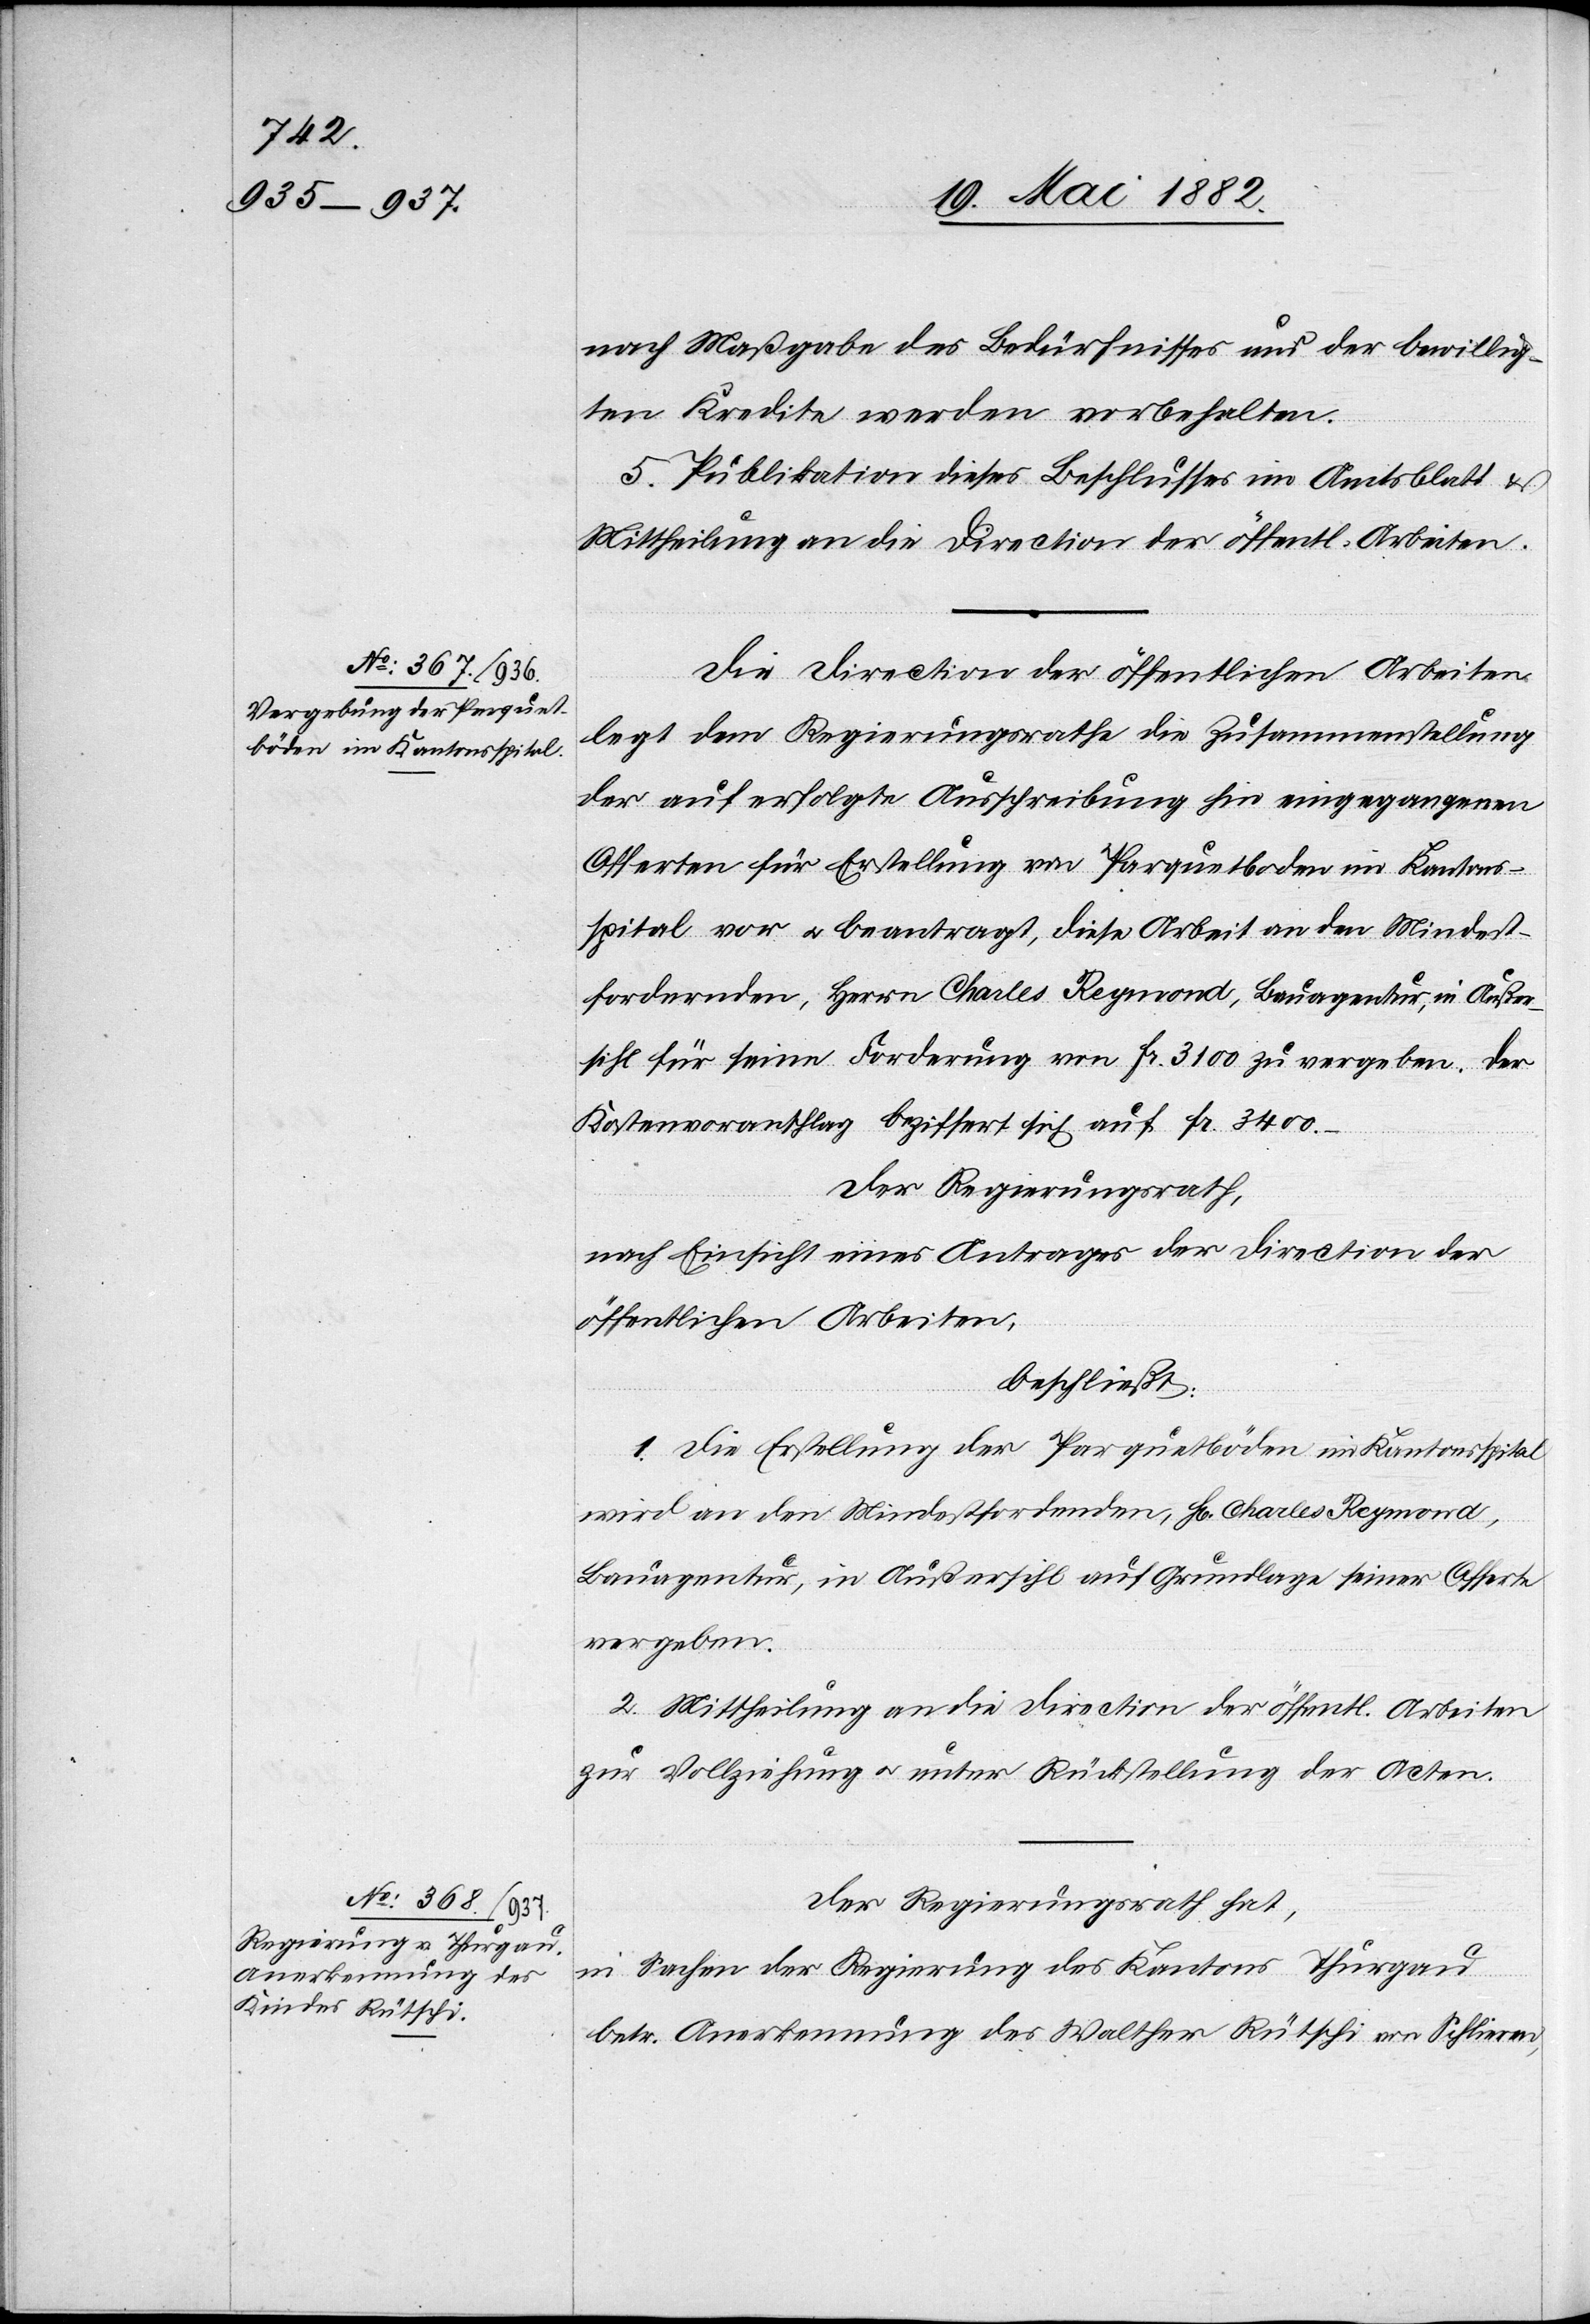
nach Maßgabe des Bedürfnisses und der bewillig¬
ten Kredite werden vorbehalten.
5. Publikation dieses Beschlusses im Amtsblatt &
Mittheilung an die Direction der öffentl. Arbeiten.
Die Direction der öffentlichen Arbeiten
legt dem Regierungsrathe die Zusammenstellung
der auf erfolgte Ausschreibung hin eingegangenen
Offerten für Erstellung von Parquetböden im Kantons¬
spital vor u. beantragt, diese Arbeit an den Mindest¬
fordernden, Herrn Charles Reymond, Bauagentur, in Außer¬
sihl für seine Forderung von Fr. 3100 zu vergeben. Der
Kostenvoranschlag beziffert sich auf Fr. 3400.–
Der Regierungsrath,
nach Einsicht eines Antrages der Direction der
öffentlichen Arbeiten,
beschließt:
1. Die Erstellung der Parquetböden im Kantonsspital
wird an den Mindestfordernden, H[rn]. Charles Reymond,
Bauagentur, in Außersihl auf Grundlage seiner Offerte
vergeben.
2. Mittheilung an die Direction der öffentl. Arbeiten
zur Vollziehung u. unter Rückstellung der Acten.
Der Regierungsrath hat,
in Sachen der Regierung des Kantons Thurgau
betr. Anerkennung des Walther Rütschi von Schlieren,